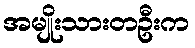
အမျိုးသားတဦးက